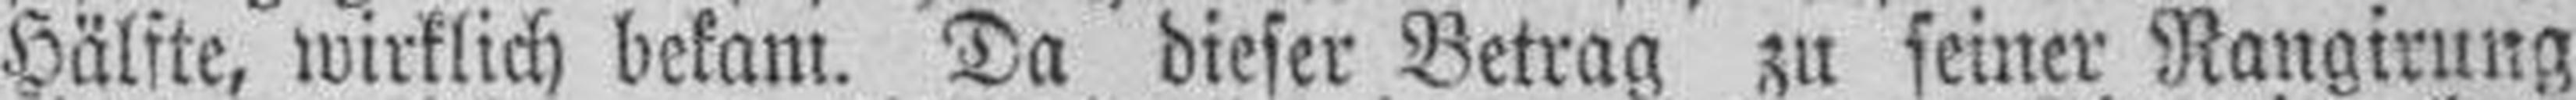
Hälfte, wirklich bekam. Da dieser Betrag zu seiner Rangirung